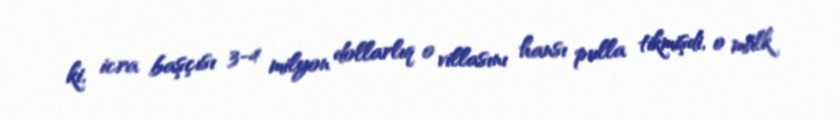
ki, icra başçısı 3-4 milyon dollarlıq o villasını hansı pulla tikmişdi, o mülk